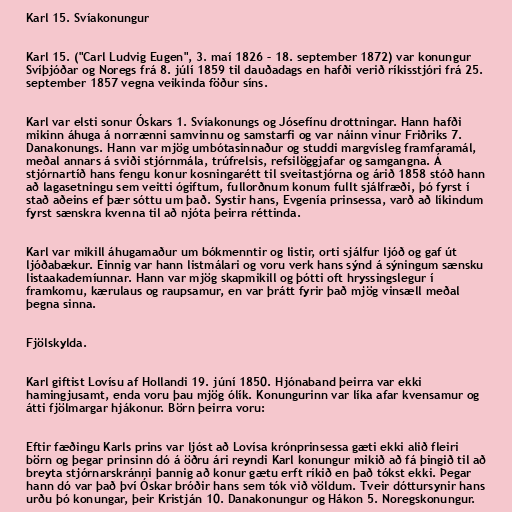
Karl 15. Svíakonungur

Karl 15. ("Carl Ludvig Eugen", 3. maí 1826 – 18. september 1872) var konungur
Svíþjóðar og Noregs frá 8. júlí 1859 til dauðadags en hafði verið ríkisstjóri frá 25.
september 1857 vegna veikinda föður síns.

Karl var elsti sonur Óskars 1. Svíakonungs og Jósefínu drottningar. Hann hafði
mikinn áhuga á norrænni samvinnu og samstarfi og var náinn vinur Friðriks 7.
Danakonungs. Hann var mjög umbótasinnaður og studdi margvísleg framfaramál,
meðal annars á sviði stjórnmála, trúfrelsis, refsilöggjafar og samgangna. Á
stjórnartíð hans fengu konur kosningarétt til sveitastjórna og árið 1858 stóð hann
að lagasetningu sem veitti ógiftum, fullorðnum konum fullt sjálfræði, þó fyrst í
stað aðeins ef þær sóttu um það. Systir hans, Evgenía prinsessa, varð að líkindum
fyrst sænskra kvenna til að njóta þeirra réttinda.

Karl var mikill áhugamaður um bókmenntir og listir, orti sjálfur ljóð og gaf út
ljóðabækur. Einnig var hann listmálari og voru verk hans sýnd á sýningum sænsku
listaakademíunnar. Hann var mjög skapmikill og þótti oft hryssingslegur í
framkomu, kærulaus og raupsamur, en var þrátt fyrir það mjög vinsæll meðal
þegna sinna.

Fjölskylda.

Karl giftist Lovísu af Hollandi 19. júní 1850. Hjónaband þeirra var ekki
hamingjusamt, enda voru þau mjög ólík. Konungurinn var líka afar kvensamur og
átti fjölmargar hjákonur. Börn þeirra voru:

Eftir fæðingu Karls prins var ljóst að Lovísa krónprinsessa gæti ekki alið fleiri
börn og þegar prinsinn dó á öðru ári reyndi Karl konungur mikið að fá þingið til að
breyta stjórnarskránni þannig að konur gætu erft ríkið en það tókst ekki. Þegar
hann dó var það því Óskar bróðir hans sem tók við völdum. Tveir dóttursynir hans
urðu þó konungar, þeir Kristján 10. Danakonungur og Hákon 5. Noregskonungur.